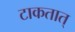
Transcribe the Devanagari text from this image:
टाकतात्